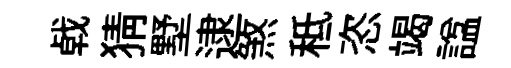
㦸猜墅逮煞秪恣竭諡